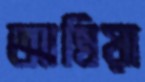
আম্বিয়া